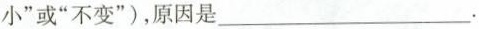
小”或”不变”)，原因是___.